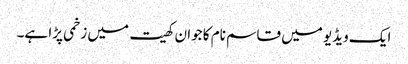
ایک ویڈیو میں قاسم نام کا جوان کھیت میں زخمی پڑا ہے۔